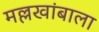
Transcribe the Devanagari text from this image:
मल्लखांबाला